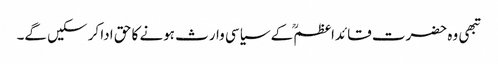
تبھی وہ حضرت قائداعظمؒ کے سیاسی وارث ہونے کا حق ادا کر سکیں گے۔